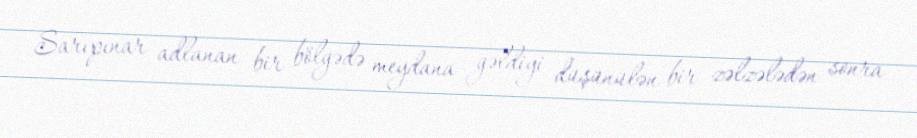
Sarıpınar adlanan bir bölgədə meydana gəldiyi düşünülən bir zəlzələdən sonra